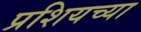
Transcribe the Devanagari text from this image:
प्रशियच्या